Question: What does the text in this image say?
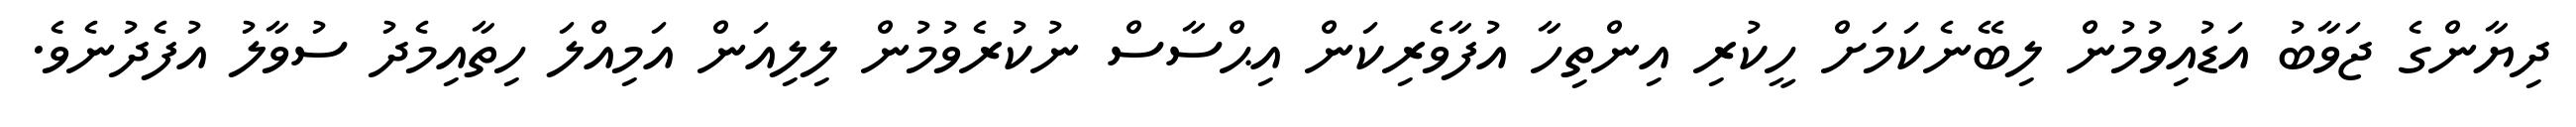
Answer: ދިޔާންގެ ޖަވާބު އަޑުއިވުމުން ލިބޭނެކަމަށް ހީކުރި އިންތިހާ އުފާވެރިކަން އިޙްސާސް ނުކުރެވުމުން ލިލިއަން އަމިއްލަ ހިތާއިމެދު ސުވާލު އުފެދުނެވެ.